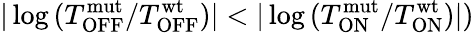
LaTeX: |\log{(T_{\mathrm{OFF}}^{\mathrm{mut}}/T_{\mathrm{OFF}}^{\mathrm{wt}})}|<|\log{(T_{\mathrm{ON}}^{\mathrm{mut}}/T_{\mathrm{ON}}^{\mathrm{wt}})}|)